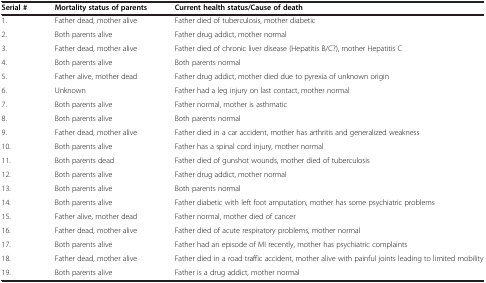
<table><thead><tr><td><b>Serial #</b></td><td><b>Mortality status of parents</b></td><td><b>Current health status/Cause of death</b></td></tr></thead><tbody><tr><td>1.</td><td>Father dead, mother alive</td><td>Father died of tuberculosis, mother diabetic</td></tr><tr><td>2.</td><td>Both parents alive</td><td>Father drug addict, mother normal</td></tr><tr><td>3.</td><td>Father dead, mother alive</td><td>Father died of chronic liver disease (Hepatitis B/C?), mother Hepatitis C</td></tr><tr><td>4.</td><td>Both parents alive</td><td>Both parents normal</td></tr><tr><td>5.</td><td>Father alive, mother dead</td><td>Father drug addict, mother died due to pyrexia of unknown origin</td></tr><tr><td>6.</td><td>Unknown</td><td>Father had a leg injury on last contact, mother normal</td></tr><tr><td>7.</td><td>Both parents alive</td><td>Father normal, mother is asthmatic</td></tr><tr><td>8.</td><td>Both parents alive</td><td>Both parents normal</td></tr><tr><td>9.</td><td>Father dead, mother alive</td><td>Father died in a car accident, mother has arthritis and generalized weakness</td></tr><tr><td>10.</td><td>Both parents alive</td><td>Father has a spinal cord injury, mother normal</td></tr><tr><td>11.</td><td>Both parents dead</td><td>Father died of gunshot wounds, mother died of tuberculosis</td></tr><tr><td>12.</td><td>Both parents alive</td><td>Father drug addict, mother normal</td></tr><tr><td>13.</td><td>Both parents alive</td><td>Both parents normal</td></tr><tr><td>14.</td><td>Both parents alive</td><td>Father diabetic with left foot amputation, mother has some psychiatric problems</td></tr><tr><td>15.</td><td>Father alive, mother dead</td><td>Father normal, mother died of cancer</td></tr><tr><td>16.</td><td>Father dead, mother alive</td><td>Father died of acute respiratory problems, mother normal</td></tr><tr><td>17.</td><td>Both parents alive</td><td>Father had an episode of MI recently, mother has psychiatric complaints</td></tr><tr><td>18.</td><td>Father dead, mother alive</td><td>Father died in a road traffic accident, mother alive with painful joints leading to limited mobility</td></tr><tr><td>19.</td><td>Both parents alive</td><td>Father is a drug addict, mother normal</td></tr></tbody></table>